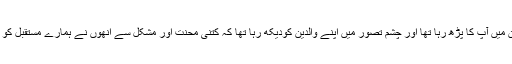
مضمون میں آپ کا پڑھ رہا تھا اور چشم تصور میں اپنے والدین کودیکھ رہا تھا کہ کتنی محنت اور مشکل سے انھوں نے ہمارے مستقبل کو سنوارا۔